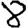
Digit: 8